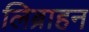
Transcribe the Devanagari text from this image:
लिब्राहन